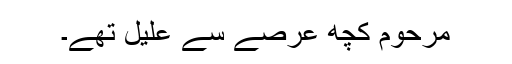
مرحوم کچھ عرصے سے علیل تھے۔